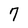
Character: 7